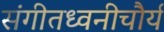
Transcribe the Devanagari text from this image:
संगीतध्वनीचौर्य